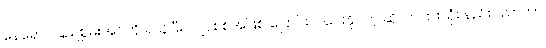
နေရောင်ခြည်စွမ်းအင်ကို ရယူပြီး လျှပ်စစ်အဖြစ် ပြောင်းလဲပေးနိုင်တဲ့ ဆိုလာပြားသုံး နည်းပညာဟာ